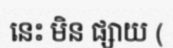
នេះ មិន ផ្សាយ (